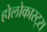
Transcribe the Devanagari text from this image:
होलोकास्ट्स